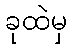
ခုထဲမှ